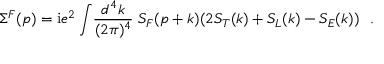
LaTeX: \Sigma ^ { F } ( p ) = { \mathrm i } e ^ { 2 } \int \! \frac { d ^ { 4 } k } { ( 2 \pi ) ^ { 4 } } \; S _ { F } ( p + k ) ( 2 S _ { T } ( k ) + S _ { L } ( k ) - S _ { E } ( k ) ) ~ ~ .